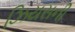
ઝિયસની